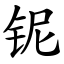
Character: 铌